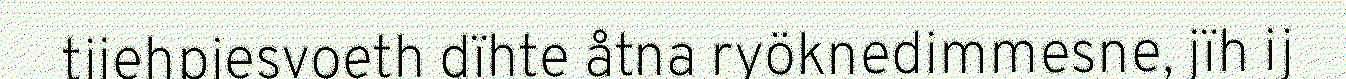
tjiehpiesvoeth dïhte åtna ryöknedimmesne, jïh ij